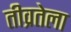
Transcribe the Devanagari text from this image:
तीव्रतेला